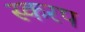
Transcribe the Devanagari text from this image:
स्करप